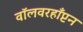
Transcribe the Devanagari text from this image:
वॉलवरहाँप्टन